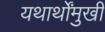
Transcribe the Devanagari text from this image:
यथार्थोंमुखी